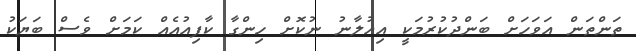
ތަންތަން އަވަހަށް ބަންދުކުރުމަކީ އިއުލާނު ނުކޮށް ހިންގާ ކާފިއުއެއް ކަމަށް ވެސް ބަޔަކު